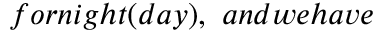
f o r n i g h t ( d a y ) , \ a n d w e h a v e